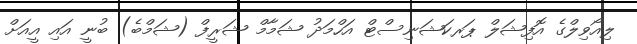
ލިއޯވިލްގެ އޮފިޝަލް ޕަރކަޝަނިސްޓް އަހްމަދު ޝަމާމް ޝަރީފް (ޝަމްބެ) ބުނީ އައި އީއަށް